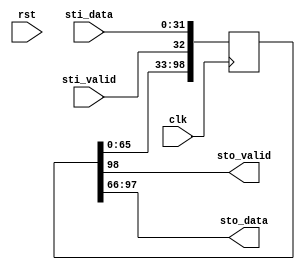
module delay_fifo #(
  parameter DLY = 3,	// 1 to 16
  parameter DW = 32
)(
  // system signals
  input  wire          clk,
  input  wire          rst,
  // input stream
  input  wire          sti_valid,
  input  wire [DW-1:0] sti_data,
  // output stream
  output wire          sto_valid,
  output wire [DW-1:0] sto_data
);

reg [DLY*(DW+1)-1:0] mem;

always @(posedge clk)
mem <= {mem, {sti_valid, sti_data}};
 
assign {sto_valid, sto_data} = mem[(DLY-1)*(DW+1)+:(DW+1)]; 

endmodule